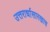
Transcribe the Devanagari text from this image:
उत्तरार्धासारखाच